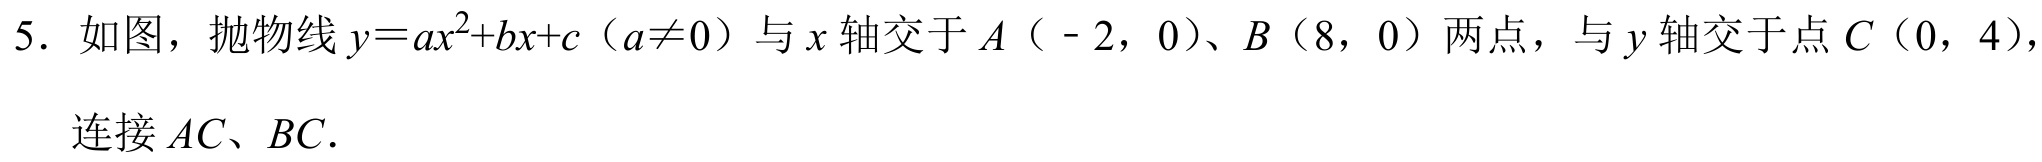
5. 如图，抛物线$y = ax^{2}+bx + c（a\neq0）$与$x$轴交于$A（ - 2，0）$、$B（8，0）$两点，与$y$轴交于点$C（0，4）$，连接$AC$、$BC$.